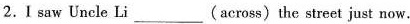
2.I saw Uncle Li___(across)the street just now.